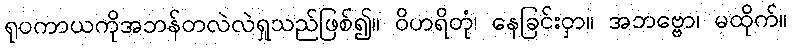
ရုပကာယကိုအဘန်တလဲလဲရှုသည်ဖြစ်၍။ ဝိဟရိတုံ၊ နေခြင်းငှာ။ အဘဗ္ဗော၊ မထိုက်။